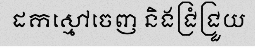
ដកស្មៅចេញ និងជ្រំជ្រួយ